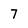
Character: 7